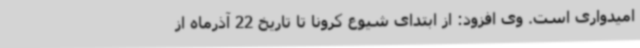
امیدواری است. وی افزود: از ابتدای شیوع کرونا تا تاریخ 22 آذرماه از